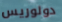
دولوريس